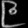
Digit: ၉